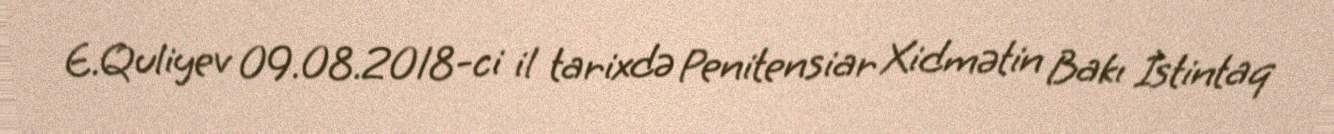
E.Quliyev 09.08.2018-ci il tarixdə Penitensiar Xidmətin Bakı İstintaq